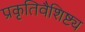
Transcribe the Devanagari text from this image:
प्रकृतिवैशिष्ट्य